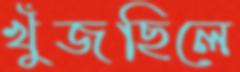
খুঁজছিলে